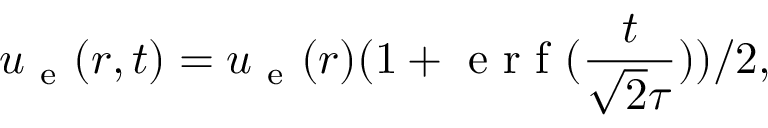
\boldsymbol { u } _ { \mathrm { ~ e ~ } } ( \boldsymbol { r } , t ) = \boldsymbol { u } _ { \mathrm { ~ e ~ } } ( \boldsymbol { r } ) ( 1 + \mathrm { ~ e ~ r ~ f ~ } ( \frac { t } { \sqrt { 2 } \tau } ) ) / 2 ,